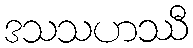
ဒသသဟဿီ